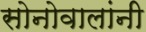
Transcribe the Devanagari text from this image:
सोनोवालांनी